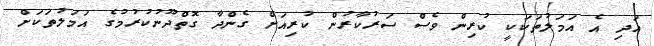
އަދި އެ އަމަލުތަކަކީ ކުރިން ވެސް ސަރުކާރުން ކުރިއަށް ގެންދާ ގޮތްދޫނުކުރުމުގެ އަމަލުތަކަށް